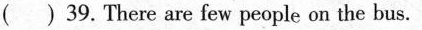
( ) 39. There are few people on the bus.